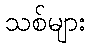
သစ်များ